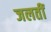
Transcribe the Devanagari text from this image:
जलतीं